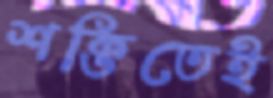
শক্তিতেই